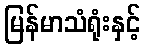
မြန်မာသံရုံးနှင့်